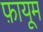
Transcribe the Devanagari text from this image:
फ़ायूम